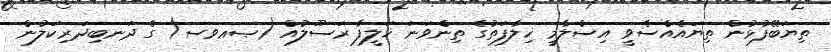
ތިޔަބޭފުޅުން ތިޔައެއްސެވީ އިސްލާމީ ޚިލާފަތުގެ ތިންވަނަ ޚަލީފާ ރަސޫލުއް (ޞޢވސ) ގެ ދަނބިދަރިކަލުން